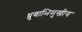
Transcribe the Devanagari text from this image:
ध्रुवाभिमुखीय